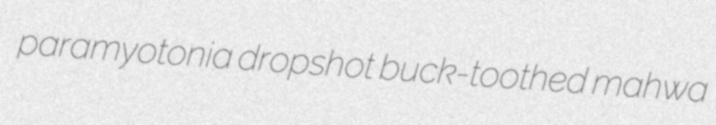
paramyotonia dropshot buck-toothed mahwa